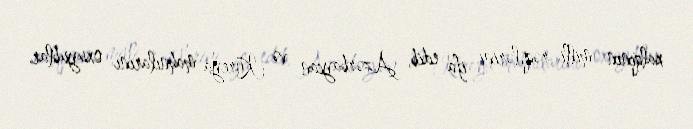
xalqının milli rəqslərini ifa edib, Azərbaycan və Koreya mahnılarını oxuyublar.